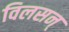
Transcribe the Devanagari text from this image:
विलसन्